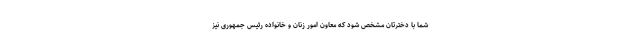
شما با دخترتان مشخص شود که معاون امور زنان و خانواده رئیس جمهوری نیز